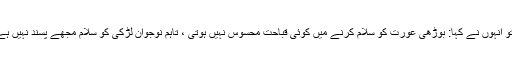
”تو انہوں نے کہا: بوڑھی عورت کو سلام کرنے میں کوئی قباحت محسوس نہیں ہوتی ، تاہم نوجوان لڑکی کو سلام مجھے پسند نہیں ہے۔